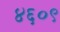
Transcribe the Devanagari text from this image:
४६०९